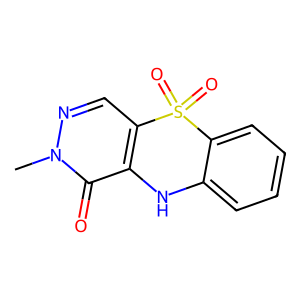
SMILES: Cn1ncc2c(c1=O)Nc1ccccc1S2(=O)=O
Inhibits HIV replication: No